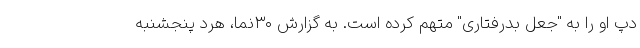
دپ او را به "جعل بدرفتاری" متهم کرده است. به گزارش ۳۰نما، هرد پنجشنبه